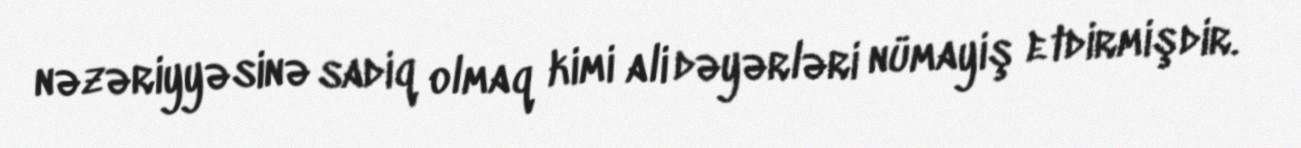
nəzəriyyəsinə sadiq olmaq kimi ali dəyərləri nümayiş etdirmişdir.